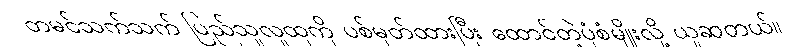
တမင်သက်သက် ပြည်သူလူထုကို ပစ်မှတ်ထားပြီး ထောင်တဲ့ပုံစံမျိုးလို့ ယူဆတယ်။